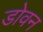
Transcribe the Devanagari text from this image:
डोवन